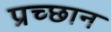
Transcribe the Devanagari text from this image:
प्रच्छान